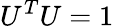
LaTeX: U^{T}U=1